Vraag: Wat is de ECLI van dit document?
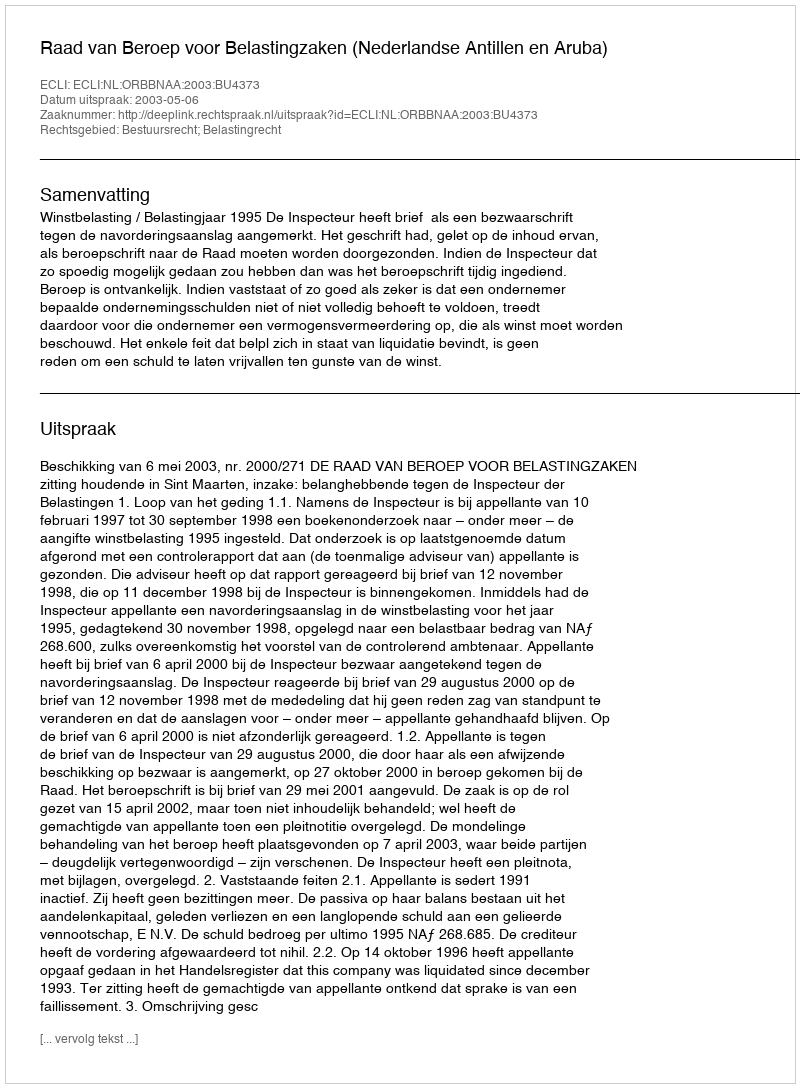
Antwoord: ECLI:NL:ORBBNAA:2003:BU4373